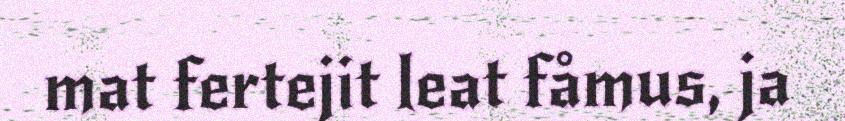
mat fertejit leat fåmus, ja